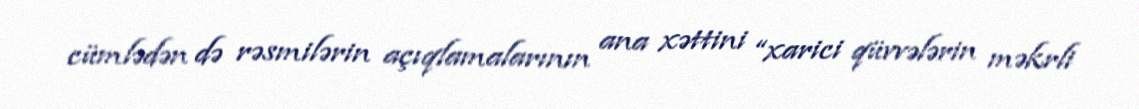
cümlədən də rəsmilərin açıqlamalarının ana xəttini “xarici qüvvələrin məkrli